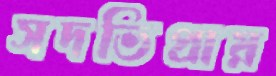
সদভিপ্রায়